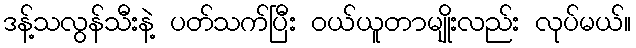
ဒန့်သလွန်သီးနဲ့ ပတ်သက်ပြီး ဝယ်ယူတာမျိုးလည်း လုပ်မယ်။